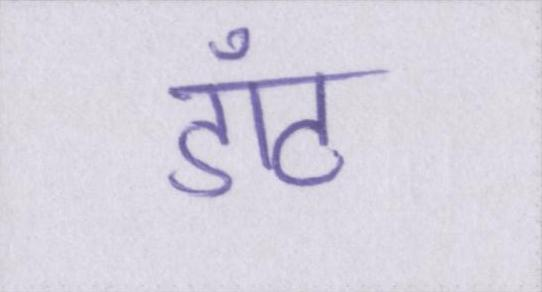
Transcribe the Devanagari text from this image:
डॉट